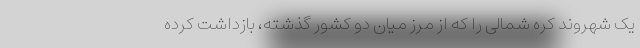
یک شهروند کره شمالی را که از مرز میان دو کشور گذشته، بازداشت کرده